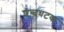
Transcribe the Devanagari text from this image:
शब्दघटक